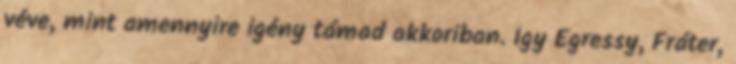
véve, mint amennyire igény támad akkoriban. Így Egressy, Fráter,